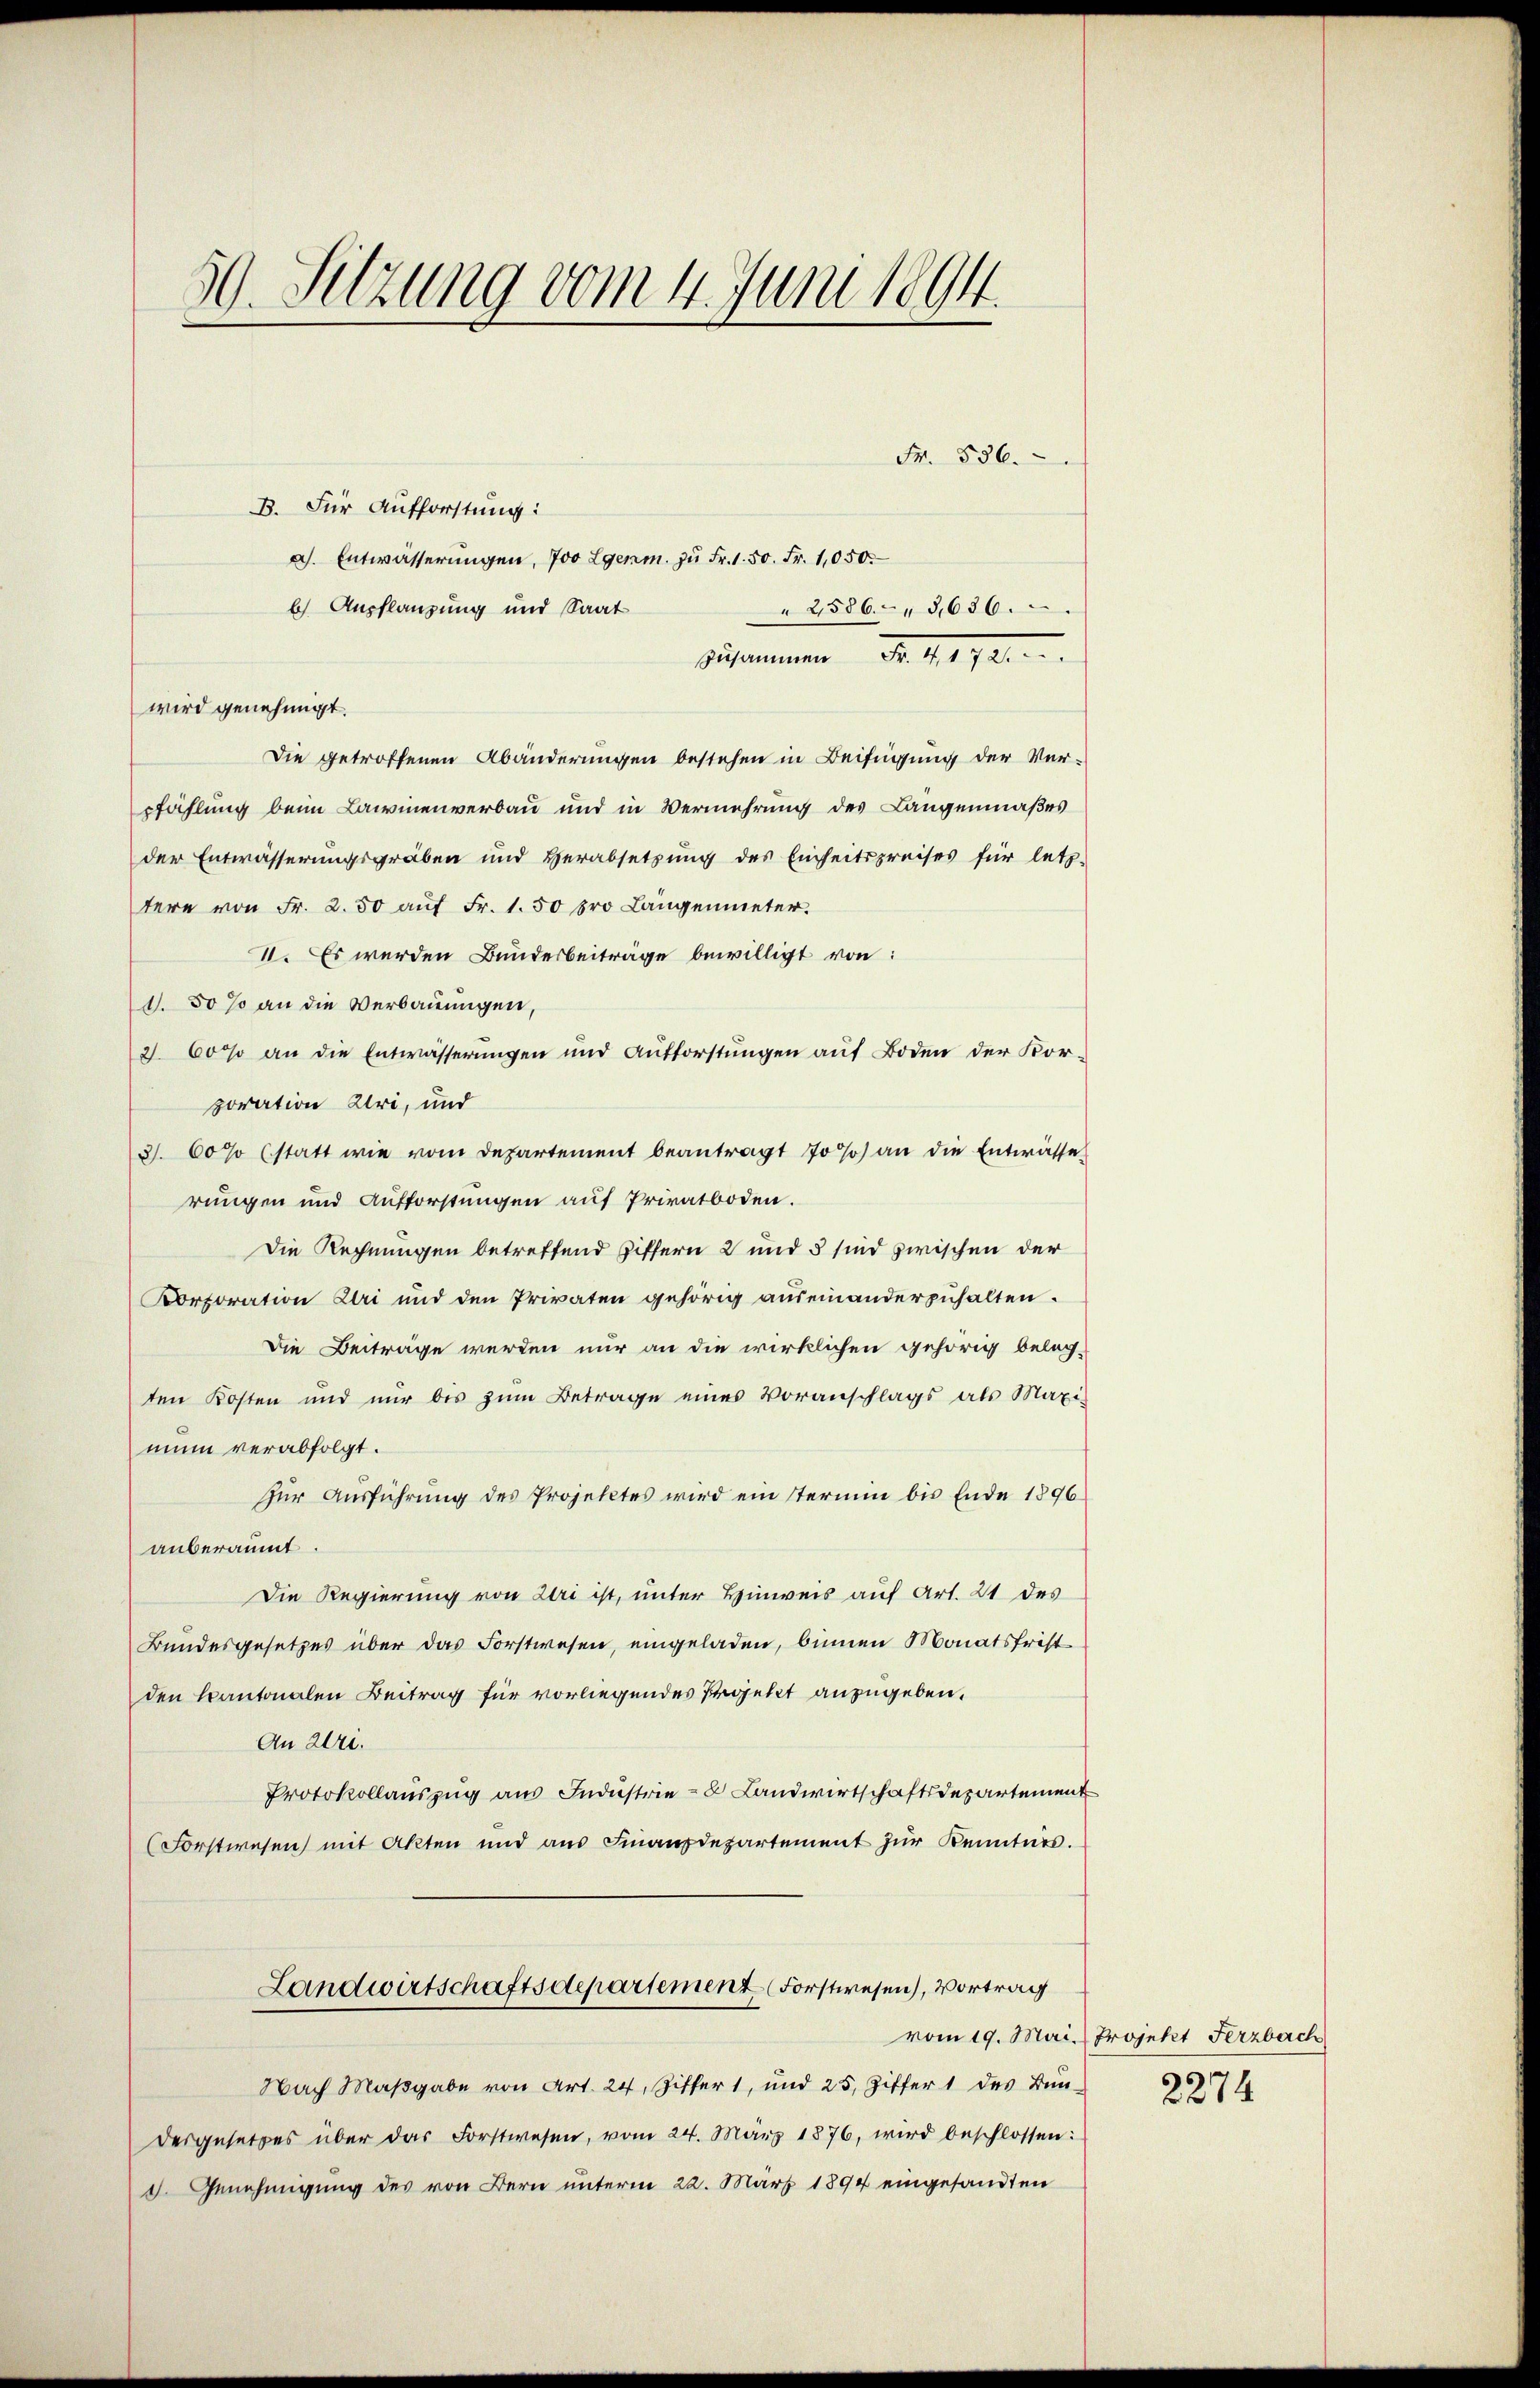
509. Sitzung vom 4. Juni 1894.

Fr. 536.
B. Für Aufforstung:
a. Entwässerŭngen, 700 Lgenm. zu Fr. 1. 50. Fr. 1050.
b) Ausflanzung und Saat
2586. 3636.
zusammen Fr. 11921.
wird genehmigt.
Die getroffenen Abänderungen bestehen in Beifügung der Ver-
pfählung beim Lawinenverbau und in Vermehrung des Langenmaßes
der Entwässerungsgräben und Herabsetzŭng des Einheitspreises für letz-
tere von Fr. 2.50 aŭf Fr. 1.50 pro Längenmeter.
II. Es werden Bundesbeiträge bewilligt von:
1.50 % an die Verbauungen,
2 600 an die Entwässerŭngen und Aufforstŭngen aŭf Boden der Kor-
poration Uri, und
3). 60% (statt wie vom Departement beantragt 70 % an die Entwässerungen und Aufforstungen auf Privatboden.
Die Rechnungen betreffend Ziffern 2 und 5 sind zwischen der
Korporation Uri und den Privaten gehörig auseinanderzuhalten.
Die Beiträge werden nur an die wirklichen gehörig beleg-
ten Kosten und nur bis zŭm Betrage eines Voranschlags als Maxi
mun verabfolgt.
Zur Ausführung des Projektes wird ein stermin bis Ende 1896
anberaumt.
Die Regierung von der ist, unter Hinweis auf Art. 21 des
Bundesgesetzes über das Forstwesen, eingeladen, binnen Monatsfrist
den kantonalen Beitrag für vorliegendes Projekt anzugeben.
An Uri.
Protokollaŭszŭg aŭs Indŭstrie - Landwirtschaftsdepartement
Forstwesen mit Akten und aŭs Finanzdepartement zŭr Kenntnis.
Landwirtschaftsdepartement Forstwesen, Vortrag
Nach Maβgabe von Art. 24, Ziffer 1, und 25, Ziffer 1 des Bŭn
dergesetzes über das Forstwesen, vom 24. März 1876, wird beschlossen:
d. Genehmigung des von Bern unterm 22. März 1894 eingesandten

vom 19. Mai. Projekt Ferzbach